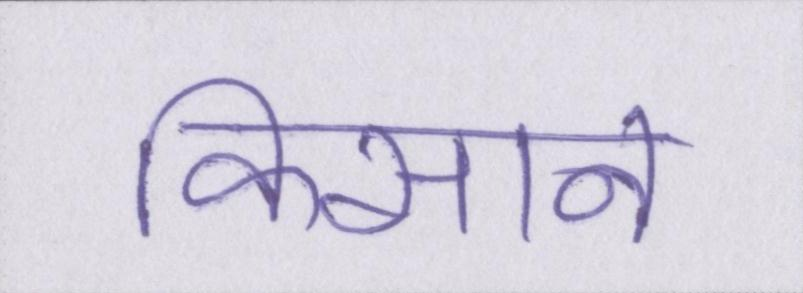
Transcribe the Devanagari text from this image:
किसान